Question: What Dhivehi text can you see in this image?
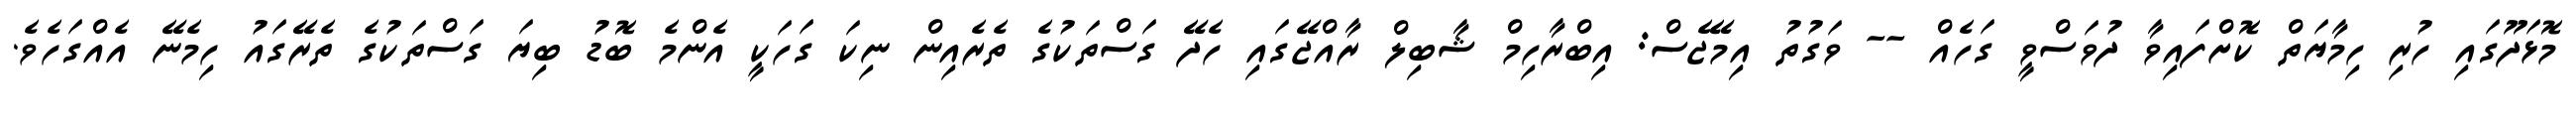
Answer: މޮޅަދޫގައި ހުރި ހިމާޔަތް ކޮށްފައިވާ ދުވަސްވީ ގަހެއް -- ވަގުތު އިމޭޖެސް: އިބްރާހިމް ޝާބިލް ރާއްޖޭގައި ހެދޭ ގަސްތަކުގެ ތެރެއިން ނިކަ ގަހަކީ އެންމެ ބޮޑު ބިޔަ ގަސްތަކުގެ ތެރޭގައު ހިމެނޭ އެއްގަހެވެ.